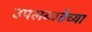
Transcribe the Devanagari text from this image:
उपलब्धतेच्या